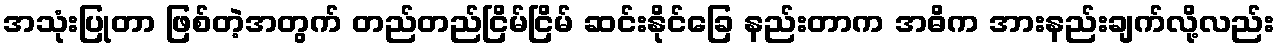
အသုံးပြုတာ ဖြစ်တဲ့အတွက် တည်တည်ငြိမ်ငြိမ် ဆင်းနိုင်ခြေ နည်းတာက အဓိက အားနည်းချက်လို့လည်း